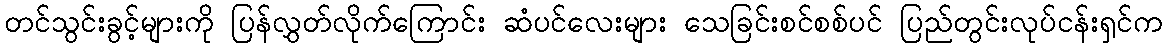
တင်သွင်းခွင့်များကို ပြန်လွှတ်လိုက်ကြောင်း ဆံပင်လေးများ သေခြင်းစင်စစ်ပင် ပြည်တွင်းလုပ်ငန်းရှင်က